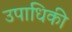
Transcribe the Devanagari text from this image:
उपाधिकी